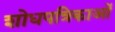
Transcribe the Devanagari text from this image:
शोधपत्रिकाओं